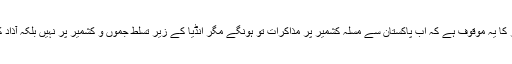
مگر اس کی اصل وجہ درحقیت مودی سرکار کا یہ موقوف ہے کہ اب پاکستان سے مسلہ کشمیر پر مذاکرات تو ہونگے مگر انڈیا کے زیر تسلط جموں و کشمیر پر نہیں بلکہ آذاد کشمیر اور گلگت بلتستان پر مذاکرات ہونگے۔